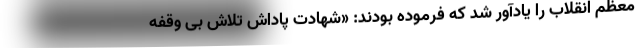
معظم انقلاب را یادآور شد که فرموده بودند: «شهادت پاداش تلاش بی وقفه